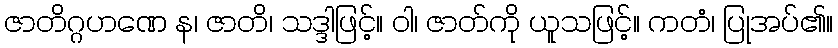
ဇာတိဂ္ဂဟဏေ န၊ ဇာတိ၊ သဒ္ဒါဖြင့်။ ဝါ၊ ဇာတ်ကို ယူသဖြင့်။ ကတံ၊ ပြုအပ်၏။